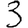
Digit: 3